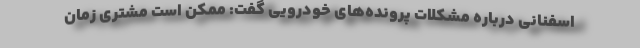
اسفنانی درباره مشکلات پرونده‌های خودرویی گفت: ممکن است مشتری زمان